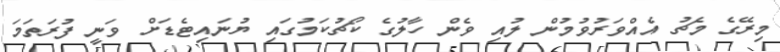
މިރޭގެ މެޗު އެއްވަރުވުމުން ލުއި ވެން ހާލުގެ ކޯޗުކަމުގައި ޔުނައިޓެޑަށް ވަނީ ފުރަތަމަ